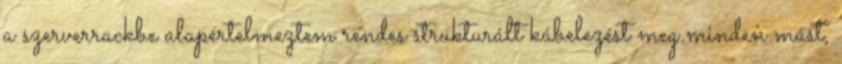
a szerverrackbe alapértelmeztem rendes strukturált kábelezést meg minden mást,